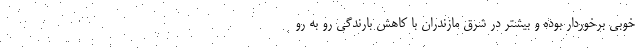
خوبی برخوردار بوده و بیشتر در شرق مازندران با کاهش بارندگی رو به رو